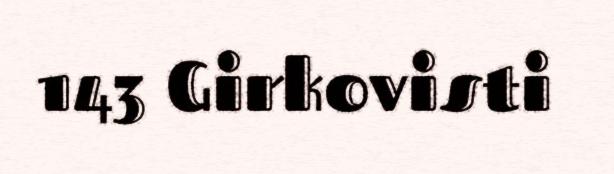
143 Girkovisti